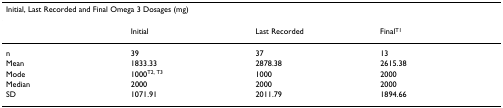
<table><thead><tr><td colspan="4"><b>Initial, Last Recorded and Final Omega 3 Dosages (mg)</b></td></tr></thead><tbody><tr><td></td><td>Initial</td><td>Last Recorded</td><td>Final<sup>T1</sup></td></tr><tr><td>n</td><td>39</td><td>37</td><td>13</td></tr><tr><td>Mean</td><td>1833.33</td><td>2878.38</td><td>2615.38</td></tr><tr><td>Mode</td><td>1000<sup>T2, T3</sup></td><td>1000</td><td>2000</td></tr><tr><td>Median</td><td>2000</td><td>2000</td><td>2000</td></tr><tr><td>SD</td><td>1071.91</td><td>2011.79</td><td>1894.66</td></tr></tbody></table>